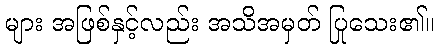
များ အဖြစ်နှင့်လည်း အသိအမှတ် ပြုသေး၏။